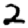
Digit: 2